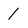
Character: 1